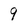
Character: 9